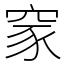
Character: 䆥